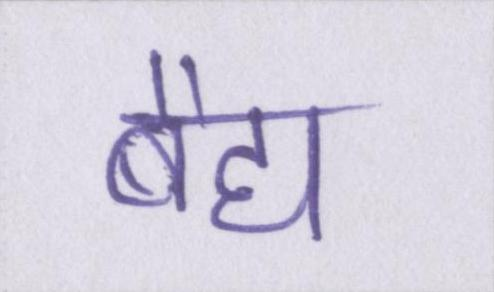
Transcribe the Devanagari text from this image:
बैद्य